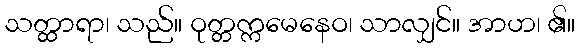
သတ္ထာရာ၊ သည်။ ဝုတ္တက္ကမေနေဝ၊ သာလျှင်။ အာဟ၊ ၏။